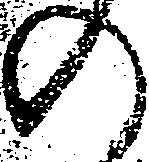
の